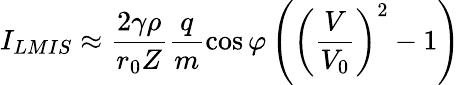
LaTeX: I_{LMIS}\approx\frac{2\gamma\rho}{r_{0}Z}\frac{q}{m}\cos{\varphi}\left(\left(\frac{V}{V_{0}}\right)^{2}-1\right)